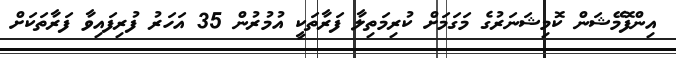
އިންފޮމޭޝަން ކޮމިޝަނަރުގެ މަގަމަށް ކުރިމަތިލާ ފަރާތަކީ އުމުރުން 35 އަހަރު ފުރިފައިވާ ފަރާތަކަށް